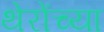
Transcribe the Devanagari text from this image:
थेरोंच्या